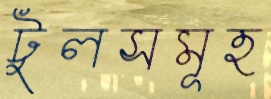
টুলসমূহ